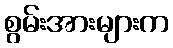
စွမ်းအားများက